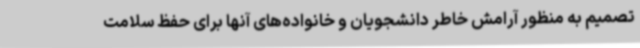
تصمیم به منظور آرامش خاطر دانشجویان و خانواده‌های آنها برای حفظ سلامت